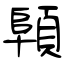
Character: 顊